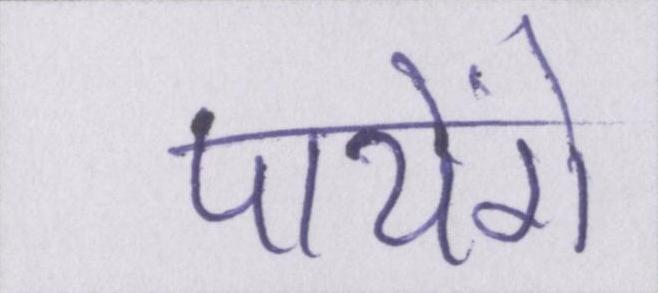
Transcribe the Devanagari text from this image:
पायेंगे